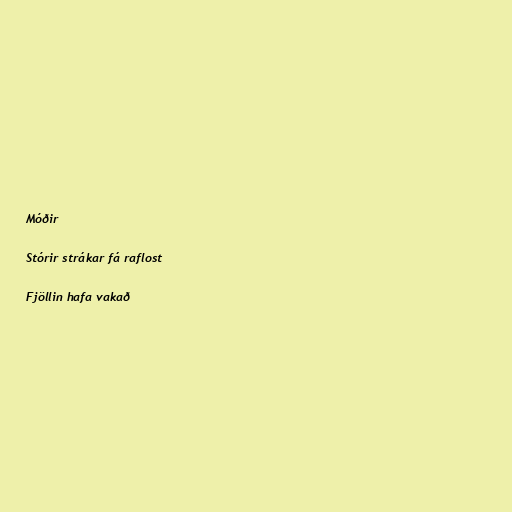
Móðir

Stórir strákar fá raflost

Fjöllin hafa vakað